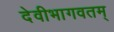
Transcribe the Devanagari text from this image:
देवीभागवतम्